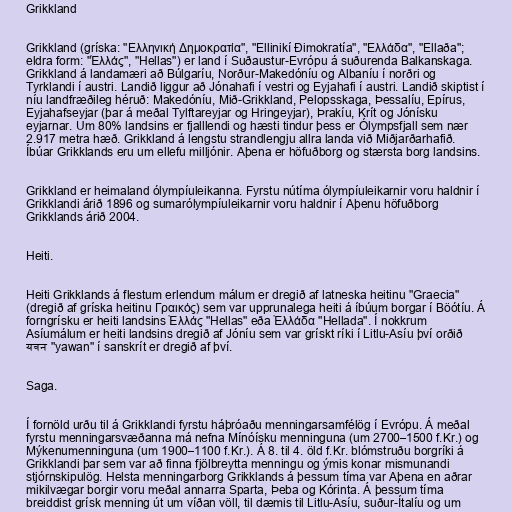
Grikkland

Grikkland (gríska: "Ελληνική Δημοκρατία", "Ellinikí Ðimokratía", "Ελλάδα", "Ellaða";
eldra form: "Ἑλλάς", "Hellas") er land í Suðaustur-Evrópu á suðurenda Balkanskaga.
Grikkland á landamæri að Búlgaríu, Norður-Makedóníu og Albaníu í norðri og
Tyrklandi í austri. Landið liggur að Jónahafi í vestri og Eyjahafi í austri. Landið skiptist í
níu landfræðileg héruð: Makedóníu, Mið-Grikkland, Pelopsskaga, Þessalíu, Epírus,
Eyjahafseyjar (þar á meðal Tylftareyjar og Hringeyjar), Þrakíu, Krít og Jónísku
eyjarnar. Um 80% landsins er fjalllendi og hæsti tindur þess er Ólympsfjall sem nær
2.917 metra hæð. Grikkland á lengstu strandlengju allra landa við Miðjarðarhafið.
Íbúar Grikklands eru um ellefu milljónir. Aþena er höfuðborg og stærsta borg landsins.

Grikkland er heimaland ólympíuleikanna. Fyrstu nútíma ólympíuleikarnir voru haldnir í
Grikklandi árið 1896 og sumarólympíuleikarnir voru haldnir í Aþenu höfuðborg
Grikklands árið 2004.

Heiti.

Heiti Grikklands á flestum erlendum málum er dregið af latneska heitinu "Graecia"
(dregið af gríska heitinu Γραικός) sem var upprunalega heiti á íbúum borgar í Böótíu. Á
forngrísku er heiti landsins Ἑλλάς "Hellas" eða Ἑλλάδα "Hellada". Í nokkrum
Asíumálum er heiti landsins dregið af Jóníu sem var grískt ríki í Litlu-Asíu því orðið
यवन "yawan" í sanskrít er dregið af því.

Saga.

Í fornöld urðu til á Grikklandi fyrstu háþróaðu menningarsamfélög í Evrópu. Á meðal
fyrstu menningarsvæðanna má nefna Mínóísku menninguna (um 2700–1500 f.Kr.) og
Mýkenumenninguna (um 1900–1100 f.Kr.). Á 8. til 4. öld f.Kr. blómstruðu borgríki á
Grikklandi þar sem var að finna fjölbreytta menningu og ýmis konar mismunandi
stjórnskipulög. Helsta menningarborg Grikklands á þessum tíma var Aþena en aðrar
mikilvægar borgir voru meðal annarra Sparta, Þeba og Kórinta. Á þessum tíma
breiddist grísk menning út um víðan völl, til dæmis til Litlu-Asíu, suður-Ítalíu og um